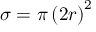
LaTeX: \sigma = \pi \left( 2 r \right) ^ { 2 }